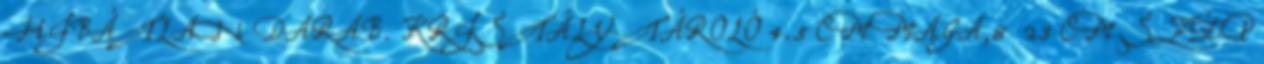
HIBÁTLAN DARAB. KRISTÁLY TÁROLÓ 4.5 CM MAGA,8 23 CM SZÉP